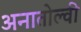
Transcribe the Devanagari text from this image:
अनातोल्वी